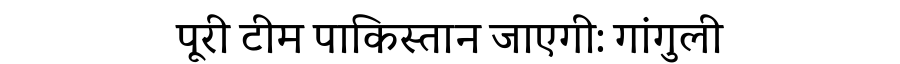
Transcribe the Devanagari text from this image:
पूरी टीम पाकिस्तान जाएगी: गांगुली